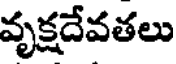
వృక్షదేవతలు